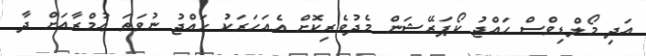
އަދި މޯލްޑިވްސް ޙައްޖު ކޯޕަރޭޝަން މެދުވެރިކޮށް އެއަހަރަކު ޙައްޖު ނުވަތަ ޢުމްރާއަށް ދާ